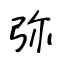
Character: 弥